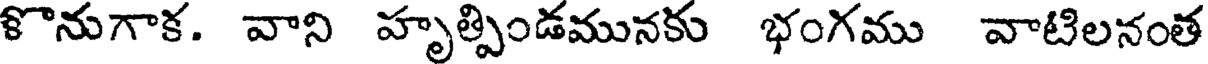
ళొనుగాక. వాని హృత్పిండమునకు భంగము వాటిలనంత